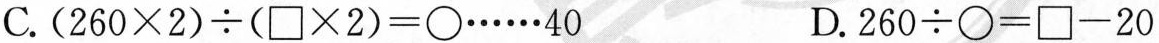
C.$$( 2 6 0 \times 2 ) \div ( \Box \times 2 ) = \bigcirc \ldots \ldots 4 0$$ D.$$2 6 0 \div \bigcirc = \Box - 2 0$$